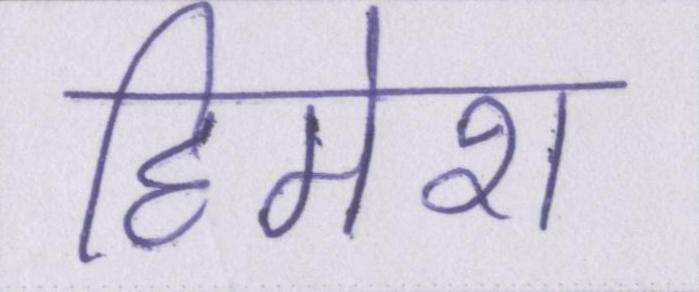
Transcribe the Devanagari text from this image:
हिमेश